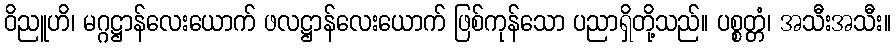
ဝိညူဟိ၊ မဂ္ဂဋ္ဌာန်လေးယောက် ဖလဋ္ဌာန်လေးယောက် ဖြစ်ကုန်သော ပညာရှိတို့သည်။ ပစ္စတ္တံ၊ အသီးအသီး။